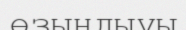
өзындыұы